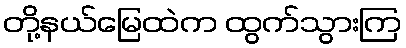
တို့နယ်မြေထဲက ထွက်သွားကြ